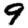
Digit: 9